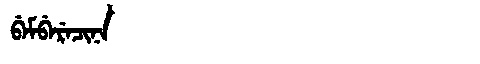
Manchu: ᠪᡝᠮᠪᡝᡵᡝᠴᡳᠨᠠ
Romanization: BEMBERECINA